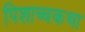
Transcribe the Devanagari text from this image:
पिशाच्चकथा